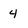
Character: 4